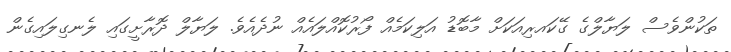
ތަކުންވެސް ލަޔާލްގެ ގޭކައރިއަކަށް މާބޮޑު އަލިކަމެއް ފޯރުކޮއްލައެއް ނުދެއެވެ. ލަޔާލް ދޮރާށީގައި ލެނގިލައިގެން